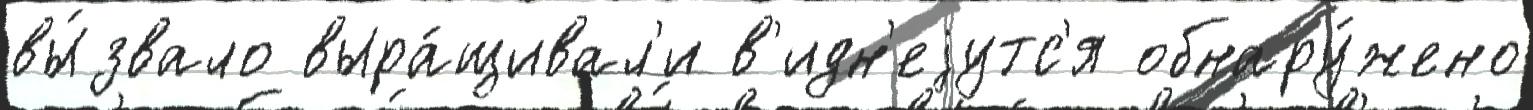
вы́звало выра́щивал'и в'идн'еjутс'я обнару́жено